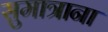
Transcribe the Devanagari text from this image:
सुमात्राना